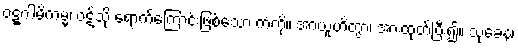
ဝဋ္ဋဂါမိကမ္မံ၊ ဝဋ်သို့ ရောက်ကြောင်းဖြစ်သော ကံကို။ အာယူဟိတွာ၊ အားထုတ်ပြီး၍။ သုခေန၊